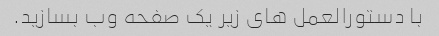
با دستورالعمل های زیر یک صفحه وب بسازید.